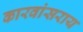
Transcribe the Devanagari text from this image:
कारवांसराय